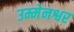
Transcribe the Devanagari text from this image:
उम्मेनश्वर